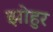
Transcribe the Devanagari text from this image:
झोहुर